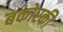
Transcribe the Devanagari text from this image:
बकोस्की